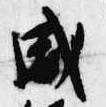
威